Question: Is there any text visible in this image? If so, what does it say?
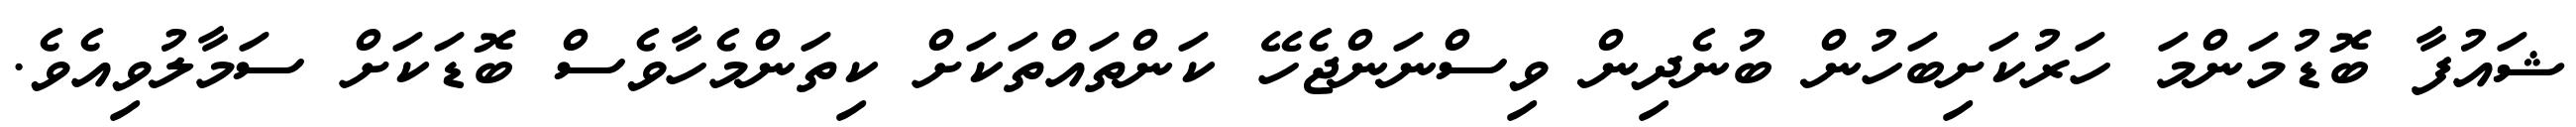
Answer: ޝައުފާ ބޮޑުމަންމަ ހަރުކަށިބަހުން ބުނެދިން ވިސްނަންޖެހޭ ކަންތައްތަކަށް ކިތަންމެހާވެސް ބޮޑަކަށް ސަމާލުވިއެވެ.